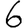
Digit: 6